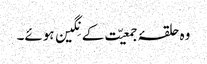
وہ حلقۂ جمعیّت کے نِگین ہوئے۔